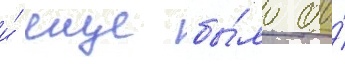
и́ еще бы́ло бы́